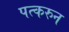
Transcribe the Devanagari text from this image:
पत्‍करुन